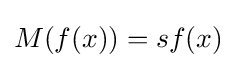
M(f(x))=sf(x)